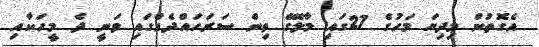
އެގޮތުން މިދިޔަ މަހުގެ 27ގައި މާލޭގެ ތިން ސަރަހައްދެއްގައި ވަނީ ދެ މީހަކާއި